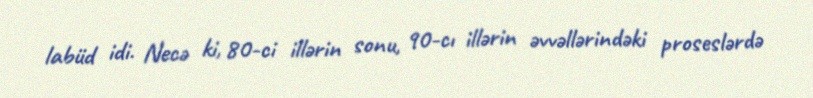
labüd idi. Necə ki, 80-ci illərin sonu, 90-cı illərin əvvəllərindəki proseslərdə